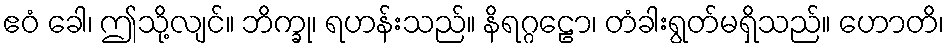
ဧဝံ ခေါ၊ ဤသို့လျင်။ ဘိက္ခု၊ ရဟန်းသည်။ နိရဂ္ဂဠော၊ တံခါးရွတ်မရှိသည်။ ဟောတိ၊